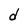
Character: d